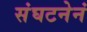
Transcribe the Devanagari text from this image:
संघटनेनं